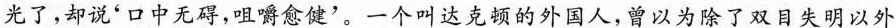
光了，却说'口中无碍，咀嚼愈健'。一个叫达克顿的外国人，曾以为除了双目失明以外